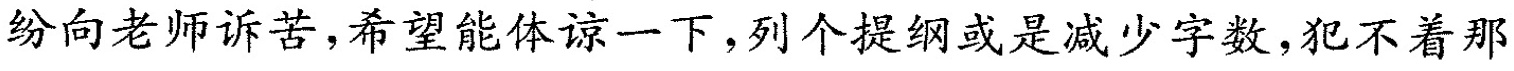
纷向老师诉苦，希望能体谅一下，列个提纲或是减少字数，犯不着那